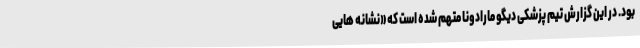
بود. در این گزارش تیم پزشکی دیگو مارادونا متهم شده است که «نشانه هایی